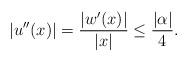
LaTeX: \begin{align*}|u''(x)| = \frac{|w'(x)|}{|x|} \leq \frac{ |\alpha|}{4}.\end{align*}